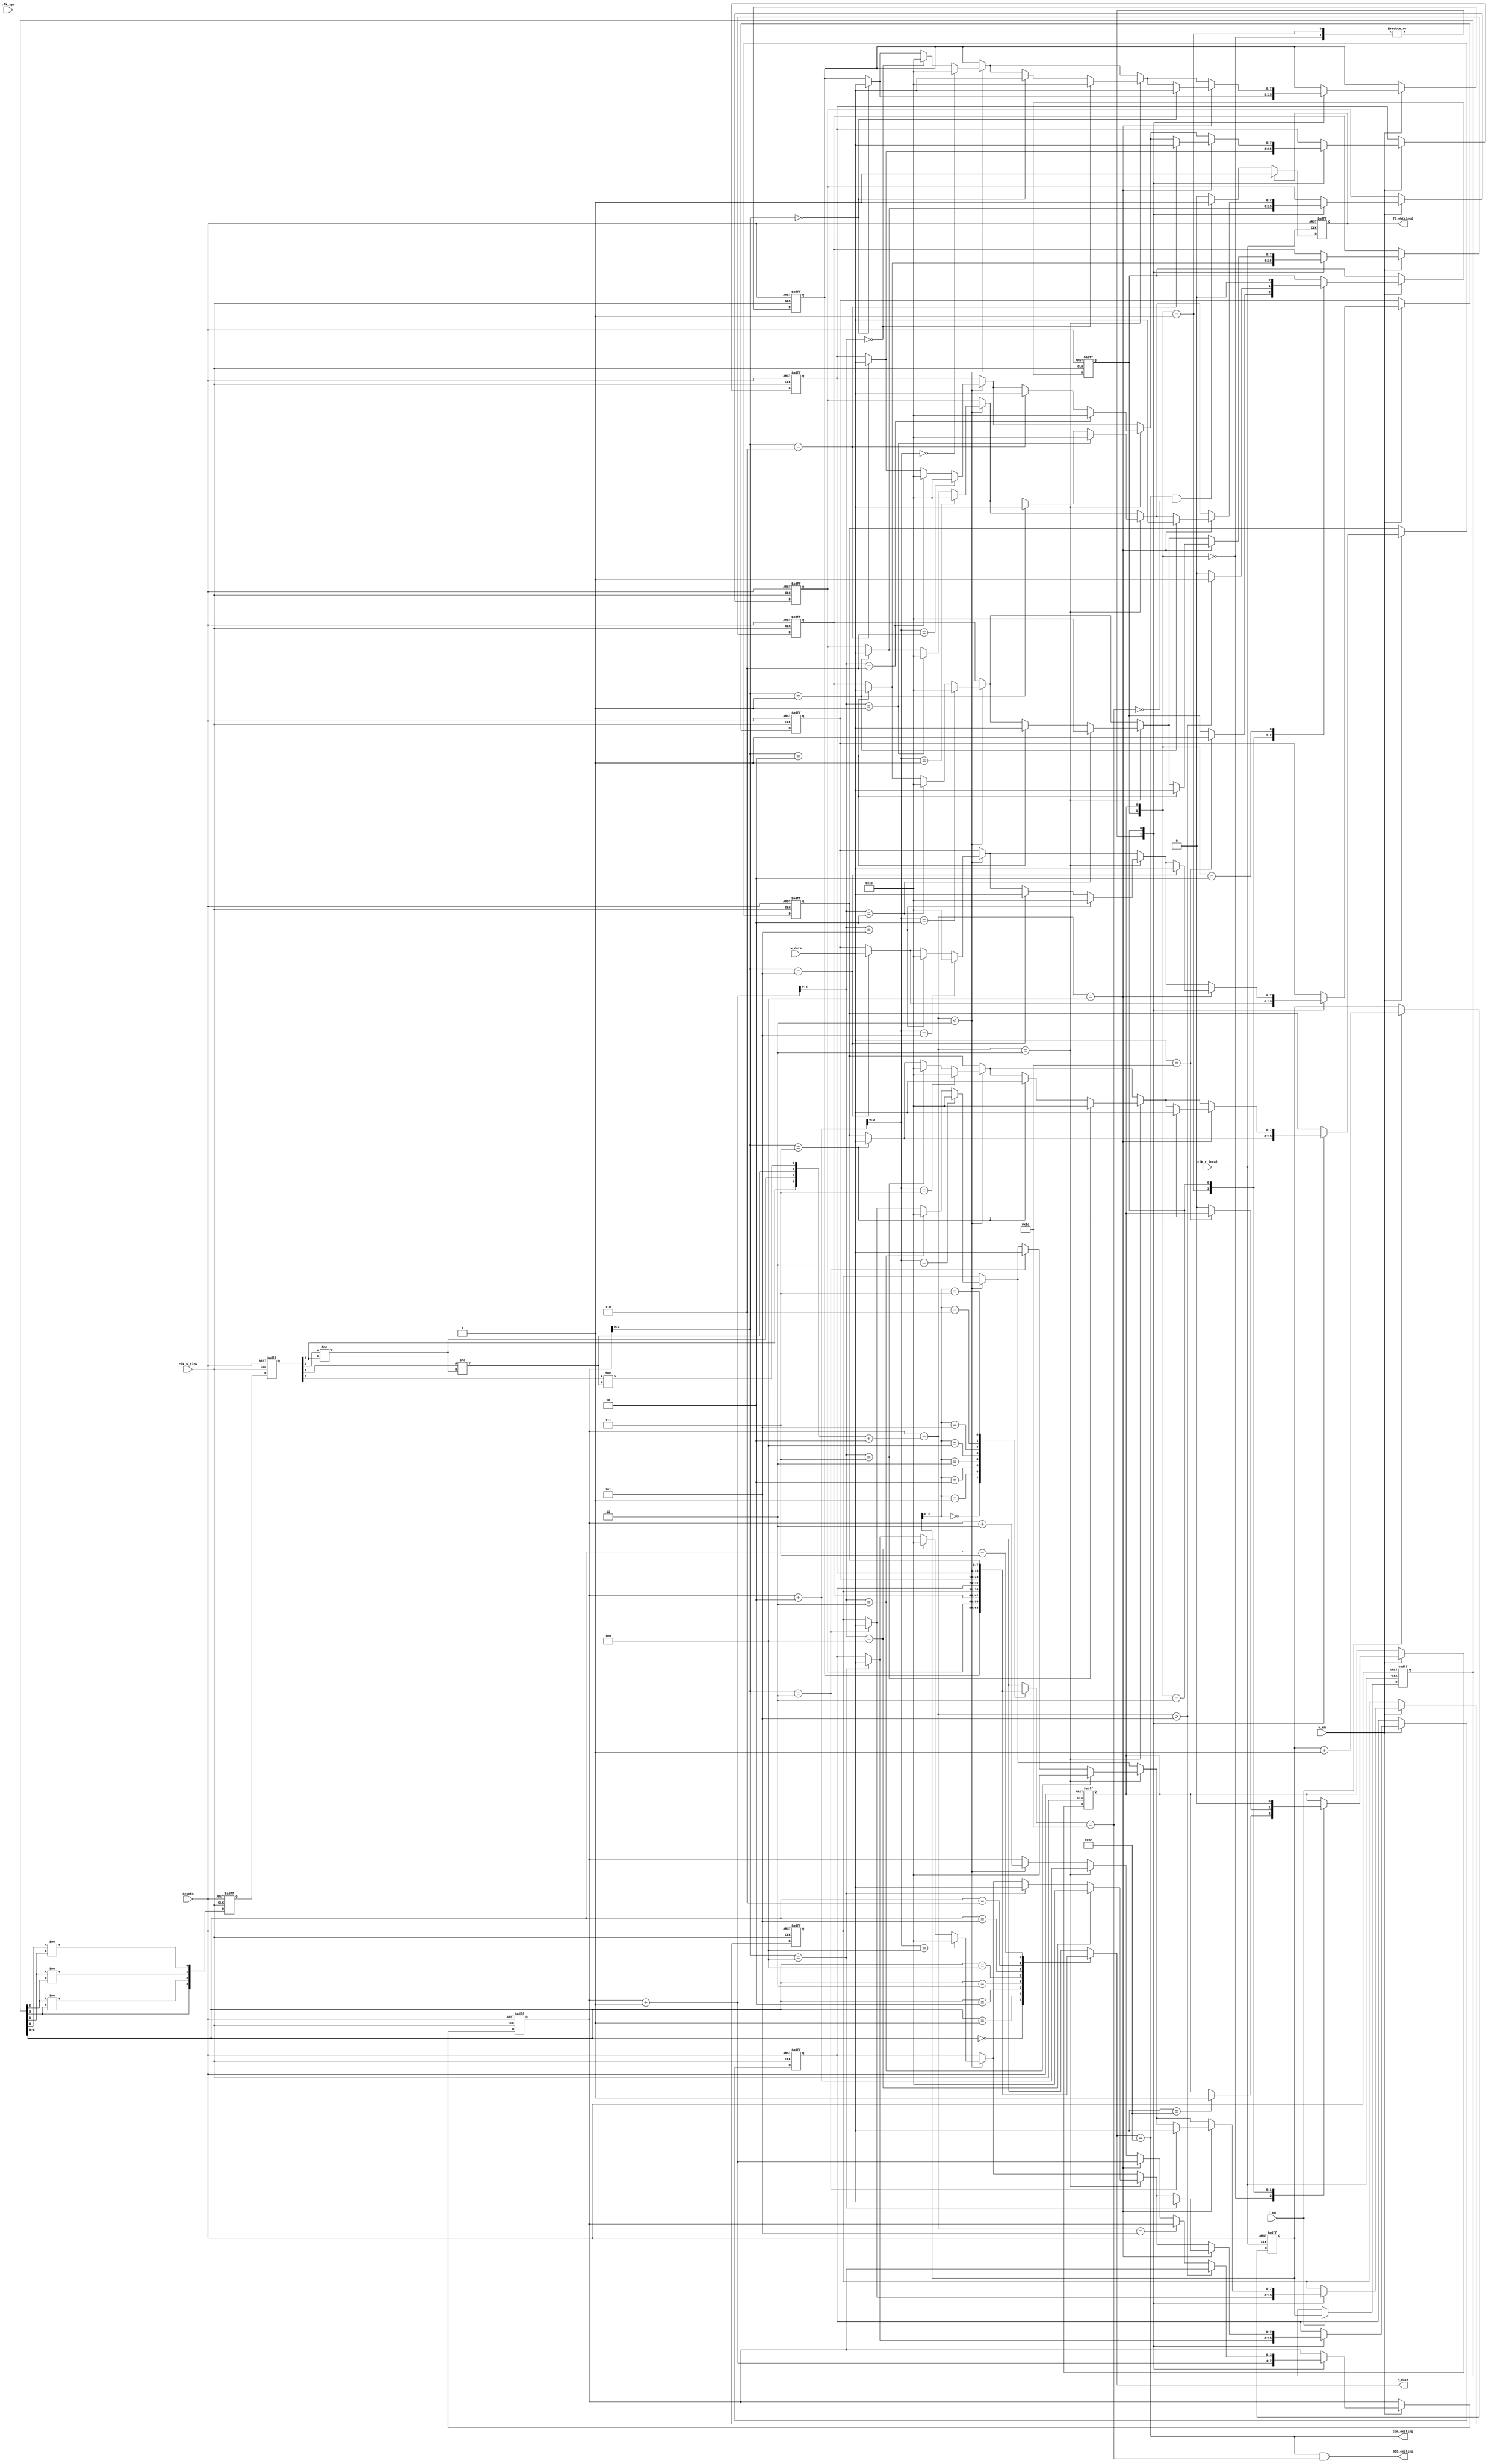
// elastic_buffer.v
// Designed by: Diandian Chen 
// Module description and design plan reviewed by: Gandhi Puvvada

// Description:
// Elastic buffer (EB) is implemented here using a register array. 
// The goal of the elastic buffer is to maintain its depth at half-full,
// so that it can accommodate for tendencies to overflow or underflow 
// because of the 600 ppm difference in Tx and Rx local clocks. 

// While we say that the EB should start initially half-filled in the "prime method" 
// in reality, upon reset, the buffer is set to "half-full minus two" state 
// by setting the rd_ptr to 0 and wr_ptr to "half-depth minus 2". 
// Initial contents in all entries are set to SKP (skip symbol), because SKP will be 
// thrown away later by deskew FIFO. Deskew FIFO always ignores SKP symbols. 
// So the first "half-depth - 2" amount of entries read out are all the dummy SKP symbols 
// that won't do any harm. 

// Elastic buffer is a two-clock-FIFO and, as such, pointers are exchanged 
// across clock domain in gray code. 
// As pointers are double-synchronized, there's always a "2-clock delay (lab)" 
// for one domain to know the other domain's pointer.
// And, unlike in the case of a FIFO between a producer and a consumer, here, 
// on every clock of writer's clock, a symbol is written into the EB and 
// on every clock of the reader's clock a symbol is read. 
// So, we reduce the depth (fill count) obtained by doing WP - RP_SS, by a 2.
//                  fillcount_w = w_ptr - (r_ptr_b_ss + 2) 
// 
// In our design, we chose to make the elastic buffer an 8-deep Fifo, 
// but you know that the depth of the elastic buffer should be very carefully determined 
// based on the maximum symbol shift in EB expected
// based on the 600 ppm difference in the clocks and also maximum size of the TLP supported in the design.
// Reference: https://www.mindshare.com/files/resources/mindshare_pcie_elastic_buffer.pdf 
// The above reference however fails to realize the following corner case (discovered by Bo, Gandhi, and Diandian).
// The corner case is a result of the uncertainty issues associated with the read pointer
// double-synchronization, when it (the rp) is led to the writer side of EB. 
// The writer-side of the EB may receive either the latest read pointer or slightly obsolete read pointer.
// The obsolete read pointer is the one which is one-less than the latest read pointer value.
// Hence fill-count can be slightly more than what it should be. Suppose the correct fill-count is 3 but 
// the writer-side evaluated it as 4 (because of the uncertainty) and did not add a SKP 
// (though it was going through a SOS and it has an opportunity to add a SKP to the EB at that time if it had 
// known that the actual fill count is 3 and not 4). Right after this SOS, a long TLP of 4096 length started.
// This would result in (4096+28)/1666 = 2.475 symbol shift accumulation meaning the fill count which was at 3
// could have potentially shrunk to 3 - 2.475 symbols = 0.525 symbols. 
// If fill-count is less than one but more than zero (as is the case above), i t means that the EB becomes empty
//  momentarily  but the writer manages to write  a symbol before the reader tries to read the next symbol.
// So it looks like we narrowly missed reading garbage from the EB. We (Bo, Gandhi, and Diandian) think that 
// it is too close for comfort. This corner case assumes that the transmitter is slower by 600 ppm.

// Another corner case can be thought of for the other case when the transmitter is 600 ppm higher in frequency
// and the EB started showing tendencies of overflowing and we are trying to delete one or two SKPs at a time. 
// Let us assume that the real depth of the EB is 4 and then the corner case depicted in the above reference came 
// where 3.4 symbol shift has accumulated before we had a chance to delete SKPs to correct the situation.
//      Reproduced from the reference:
//          [{(4096 + 28) + 1538} / 1666] = 3.4
// So, fill count reached would be 4 + 3.4 = 7.4. Well, this is not yet 8, but this means the FIFO becomes 
// full on alternative clocks and 
// before the writer over-writes the oldest element in the EB, luckily (somewhere in the middle of the symbol time)
// the reader just whisked it away! So, that oldest element, that was about to be slaughtered by the incoming symbol,
// was luckily saved. We (Bo, Gandhi, and Diandian) think that it is too close for comfort. 
// So we conclude that we should increase the EB size slightly (to 16, as 16 is the next power of two)  
// to safely cater for a maximum TLP size of 4K.

// In our design we actually made the two local clocks, 10 MHz and 9.8 MHz (much higher than 600 ppm) 
// but we scheduled a SOS every 80 decimal symbols. Note that 80 is more than 49 (49 = 98/2). 
// We wanted to show correction by adding or deleting 2 SKPs sometimes by slowing down the SOS scheduling.  So, in our design, 
// the two EBs at one end of the link are working with writer's clock of 10 MHz and reader's clock of 9.8 MHz,
// whereas the other two EBs at the other end of the link are working with writer's clock of 9.8 MHz and reader's clock of 9.8 MHz. 
// This substantial clock difference and frequent SOS scheduling made it possible to see our SOSs and EBs in action
// without needing us to scroll through a very long waveform.

// Extract from pcie_tx_data_serializer.v
/* 				// number of symbols after which SKP ordered set is scheduled dependent on TX and RX clock ppm
				if(phy_tx_char_cnt >= 8'h50)
					begin
							phy_tx_char_cnt <= 8'b00000000;
							phy_tx_skp_sched <= phy_tx_skp_sched + 1;
					end
 */


// If interested, you can play around with different PPM, SOS scheduling duration, elastic buffer depth, 
// and thresholds for inserting/deleting SKP symbols. It's ideal to have a depth of 2's
// power (like 8 or 16) for the EB, as it'll be much more convenient and efficient to do pointer 
// incrementing and depth calculation. 
// It's highly recommended to get familiar enough with elastic buffer and SKP ordered set mechanism, as it's actually
// used in many transmission protocols and has the potential to be catchy to interviewers.
//
// Attention:
// Because we have the assumption that tx keeps scheduling SKP ordered sets as expected, we never need to worry
// about overflow/underflow as any symbol shifted can be compensated soon enough, so we don't really need to
// check for full or empty for this buffer. And as the decision to insert/remove SKP symbols is always made
// on the write side, it's enough to only have rd_ptr getting converted and sampled to enter write domain.

module elastic_buffer
#(
	// These parameters were meant to help paramiterize this module by simply following the given equation for
	// depth of this elastic buffer. But since our project is quite a simplified version of the protocol, the
	// actual key parameter here is only BUFFER_DEPTH, and the other two can be simply ignored.
	// parameter MAX_PAYLOAD_SIZE 	= 128,
	// parameter MAX_SHIFT_ROUNDED	= $rtoi($ceil((MAX_PAYLOAD_SIZE+1566)/1666.0)),
	// parameter BUFFER_DEPTH		= (MAX_SHIFT_ROUNDED>2)? MAX_SHIFT_ROUNDED*2 : 4	// minimum depth set to 4
	parameter POINTER_WIDTH = 3		// buffer depth is 2**POINTER_WIDTH
									// Actually n+1 wide pointers are NOT necessary here, but we apply this idea to conveniently
									// generate full/empty signals for monitoring purpose
)(
	input clk_sys,
	input clk_w_slow,			// derived from recovered x10 clk, by dividing the recovered clk by 10
	input clk_r_local,			// local clk for read
	input resetn,				
	input w_en,					// enables writing into this EB, derived from symbol lock signal of this lane 
	input [7:0] w_data,			// input data from decoder
	input r_en,					// enables reading from this EB, arrives about 2 read clocks later than w_en
	output [7:0] r_data,		// data to be read in current entry
	output SOS_exiting,			// a SKP Ordered Set is exiting EB
	output com_exiting,			// a COM symbol is exiting EB
	output reg TS_obtained		// there's a non-SKP ordered set detected when reading EB, so data can get ready to enter deskew FIFO
);	

	localparam BUFFER_DEPTH		= 2**POINTER_WIDTH;

	localparam COM	= 8'b10111100;			// K.28.5
	localparam SKP	= 8'b00011100;			// K.28.0
	
	// function integer log2;							// ceiling log2 function for the compiler
	// 	input integer value;
	// 	begin
	// 		value = value - 1;
	// 		for (log2=0; value>0; log2=log2+1)
	// 			value = value >> 1;
	// 	end
	// endfunction

	function [POINTER_WIDTH:0] b_to_g;			// synthesizable binary-to-gray function
		input [POINTER_WIDTH:0] data_in_b;
		integer i;
		begin
			b_to_g[POINTER_WIDTH] = data_in_b[POINTER_WIDTH];
		  	for (i=POINTER_WIDTH-1; i>=0; i=i-1)
		  	begin
				b_to_g[i] = (data_in_b[i] != data_in_b[i+1]);
			end
		end
	endfunction

	function [POINTER_WIDTH:0] g_to_b;			// synthesizable gray-to-binary function
		input [POINTER_WIDTH:0] data_in_g;
		integer i;
		begin
			g_to_b[POINTER_WIDTH] = data_in_g[POINTER_WIDTH];
			for (i=POINTER_WIDTH-1; i>=0; i=i-1)
			begin
				g_to_b[i] = (data_in_g[i] != g_to_b[i+1]);
			end
		end	
	endfunction

	reg [7:0] e_buffer [0:BUFFER_DEPTH-1];			// elastic buffer implemented as register array

	reg [POINTER_WIDTH:0] w_ptr, r_ptr;				// original pointers in their respective domain
	reg [POINTER_WIDTH:0] r_ptr_p1;					// always equals to r_ptr+1, for looking into the next symbol when r_ptr pointing to a COM
	reg [POINTER_WIDTH:0] r_ptr_g_s, r_ptr_g_ss;	// sampled gray code of original read pointer
	wire [POINTER_WIDTH:0] r_ptr_g, r_ptr_b_ss;		// converted gray code of original read pointer, converted binary code of sampled read pointer

	wire [POINTER_WIDTH:0] fillcount_w = w_ptr-(r_ptr_b_ss+2);	// elastic buffer won't be full, so actually don't need the fillcount to represent full count
																// PS: we have 2 clk delay between r_ptr and r_ptr_b_ss, and r_ptr always increments every
																// clock in EB, so we decrease fillcount_w by 2 more to get a closer value to (w_ptr - r_ptr).
																// you can compare r_ptr_b_ss and r_ptr in simulation waveforms
	wire [POINTER_WIDTH:0] r_ptr_p1_next = r_ptr_p1 + 1;		// value of r_ptr + 2, or r_ptr_p1 + 1, for updating r_ptr_p1
	wire [POINTER_WIDTH:0] w_ptr_p1 = w_ptr + 1;				// value of write pointer + 1
	wire [POINTER_WIDTH:0] w_ptr_p2 = w_ptr + 2;				// value of write pointer + 2, used when 1 or 2 SKP symbols are determined to be inserted
	wire [POINTER_WIDTH:0] w_ptr_p3 = w_ptr + 3;				// value of write pointer + 3, used when 2 SKP symbols are determined to be inserted

	reg com_detected, skp_detected;			// to form up a state machine that records SOS detection history and makes decision to insert/remove SKP
	wire com_at_r_ptr, skp_at_r_ptr_p1;		// indicating a SKP ordered set at exit of EB when both are high

	integer i;								// for reseting contents of EB

	// ila_EB ila_EB
	// (
		 // .clk(clk_sys),
		 // .probe0(clk_w_slow),
		 // .probe1(fillcount_w),
		 // .probe2(com_detected),
		 // .probe3(skp_detected),
		 // .probe4(w_ptr),
		 // .probe5(r_ptr),
		 // .probe6(r_ptr_b_ss)
	 // );
// Task 1: Fill in correct signals to complete b-to-g/g-to-b conversion
	assign r_ptr_g = b_to_g(r_ptr);				// converts binary read pointer into gray code	
	assign r_ptr_b_ss = g_to_b(r_ptr_g_ss);			// converts gray code read pointer into binary
// ----------------------------------------------------------------------------------------------------
	assign com_at_r_ptr = (e_buffer[r_ptr[POINTER_WIDTH-1:0]]==COM);			// checking whether current exiting entry is a COM
	assign skp_at_r_ptr_p1 = (e_buffer[r_ptr_p1[POINTER_WIDTH-1:0]]==SKP);		// checking whether the next entry to exit is a SKP
	assign SOS_exiting = com_at_r_ptr && skp_at_r_ptr_p1;						// an exiting COM followed by SKP means an exiting SOS
	assign com_exiting = com_at_r_ptr;											// a COM is exiting

	assign r_data = e_buffer[r_ptr[POINTER_WIDTH-1:0]];			// data read out is always pointed to by r_ptr

	// --------------------------------------------------------------------------------------------------------------------------------------------
	// following gray coding and double synchronization of w_ptr and full/empty signals are actually NOT necessary and are just for monitoring
	reg [POINTER_WIDTH:0] w_ptr_g_s, w_ptr_g_ss;	// sampled gray code of original read pointer
	wire [POINTER_WIDTH:0] w_ptr_g, w_ptr_b_ss;		// converted gray code of original read pointer, converted binary code of sampled read pointer
	wire [POINTER_WIDTH:0] fillcount_r = (w_ptr_b_ss+2)-r_ptr;		// elastic buffer won't be full, so don't need the fillcount to represent full count
	wire empty = (w_ptr_b_ss==r_ptr);
	wire full = fillcount_w[POINTER_WIDTH];
	assign w_ptr_g = b_to_g(w_ptr);
	assign w_ptr_b_ss = g_to_b(w_ptr_g_ss);
	// --------------------------------------------------------------------------------------------------------------------------------------------

// Task 2: Fill correct clk signal for this block
	always @(posedge clk_w_slow, negedge resetn)
// ----------------------------------------------------------------------------------------------------
	if (!resetn)
	begin
		w_ptr <= BUFFER_DEPTH/2 - 2;		// fillcount initialized to be half-full - 2, because there're 2 clk delay between w_en and r_en
											// due to generating r_en for EB by double synchronizing symbol_lock_reg
		r_ptr_g_s <= 0;
		r_ptr_g_ss <= 0;
		com_detected <= 0;
		skp_detected <= 0;
		for (i=0; i<BUFFER_DEPTH; i=i+1)
			e_buffer[i] <= SKP;				// contents in buffer initialized to be SKP (dummy)
	end
	else
	begin
		r_ptr_g_s <= r_ptr_g;
		r_ptr_g_ss <= r_ptr_g_s;			// double-synchronization
		if (w_en)
		begin
			case ({skp_detected, com_detected})
				2'b00:
				// keep monitoring whether the incoming symbol is start of an ordered set
				begin
					if (w_data == COM)
						com_detected <= 1;
					w_ptr <= w_ptr_p1;
					e_buffer[w_ptr[POINTER_WIDTH-1:0]] <= w_data;
				end
				2'b01:
				// after the first COM, see if the 2nd symbol is SKP to check if this is a SKP ordered set. if not, clear com_detected
				begin
					if (w_data == SKP)
						skp_detected <= 1;
					else
						com_detected <= 0;
					w_ptr <= w_ptr_p1;
					e_buffer[w_ptr[POINTER_WIDTH-1:0]] <= w_data;
				end
				2'b11:
				// this is a SKP ordered set. decide whether to insert or remove SKP symbols or simply write as normal
				begin
					com_detected <= 0;
					skp_detected <= 0;			// will be set back to 1 if it's decided that 2 SKP symbols need to be removed
					if (fillcount_w < BUFFER_DEPTH/2 - 1)		// insert 2 more SKPs
// Task 3: Complete the process of "inserting 2 more SKP symbols"
					begin
						e_buffer[w_ptr[POINTER_WIDTH-1:0]] <= w_data;
						e_buffer[w_ptr_p1[POINTER_WIDTH-1:0]] <= SKP;
						e_buffer[w_ptr_p2[POINTER_WIDTH-1:0]] <= SKP;
						w_ptr <= w_ptr_p3;
					end
// ----------------------------------------------------------------------------------------------------
					if (fillcount_w == BUFFER_DEPTH/2 - 1)	// insert 1 more SKP
					begin
						e_buffer[w_ptr[POINTER_WIDTH-1:0]] <= w_data;
						e_buffer[w_ptr_p1[POINTER_WIDTH-1:0]] <= SKP;
						w_ptr <= w_ptr_p2;
					end
					if (fillcount_w == BUFFER_DEPTH/2)		// normal write
					begin
						e_buffer[w_ptr[POINTER_WIDTH-1:0]] <= w_data;
						w_ptr <= w_ptr_p1;
					end
					if (fillcount_w == BUFFER_DEPTH/2 + 1)	// remove 1 SKP
					begin
						w_ptr <= w_ptr;			
					end	
					if (fillcount_w > BUFFER_DEPTH/2 + 1)		// remove 2 SKPs, to be finished in next state
					begin
						w_ptr <= w_ptr;
						skp_detected <= 1;		// set back to 1 to move to state 2'b10
					end
				end
				2'b10:		
				// use the state {skp_detected, com_detected} == 2'b10 to remove one more SKP
				begin
					w_ptr <= w_ptr;
					skp_detected <= 0;
				end
				default: {skp_detected, com_detected} <= 0;
			endcase
		end
	end

// Task 4: Fill correct clk signal for this block
	always @(posedge clk_r_local, negedge resetn)			// simple read pointer incrementation in read domain
// ----------------------------------------------------------------------------------------------------
	if (!resetn)
	begin
		r_ptr <= 0;			// reset to 0 to help initialize the buffer to half-full - 2
		r_ptr_p1 <= 1;
		TS_obtained <= 0;	// no Training Set has entered EB at first

		// following double synchronization of w_ptr is actually NOT necessary
		w_ptr_g_s <= 0;
		w_ptr_g_ss <= 0;
	end
	else
	begin
		w_ptr_g_s <= w_ptr_g;
		w_ptr_g_ss <= w_ptr_g_s;
		if (r_en)
		begin
			r_ptr <= r_ptr_p1;
			r_ptr_p1 <= r_ptr_p1_next;
		end
		if (!TS_obtained)	// when a non-SOS ordered set has been detected, validate this signal to help "count 4" mechanism
			if (com_at_r_ptr && !skp_at_r_ptr_p1)
				TS_obtained <= 1;
	end

endmodule // elastic_buffer